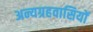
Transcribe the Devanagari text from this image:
अन्यग्रहवासियों